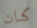
كان